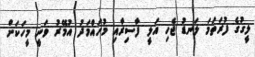
ލީގުގެ ފުރަތަމަ ލަނޑު ޖެހި އަލީ ފާސިރާއި މުހައްމަދު އުމޭރު ވަނީ މީހަކަށް